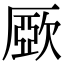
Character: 𣣾